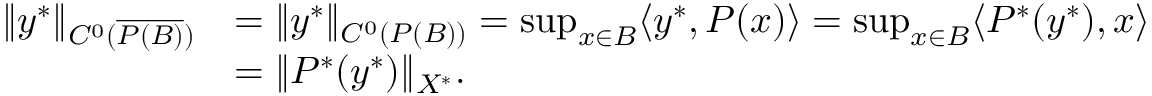
\begin{array} { r l } { \| y ^ { * } \| _ { C ^ { 0 } ( \overline { { P ( B ) } } ) } } & { = \| y ^ { * } \| _ { C ^ { 0 } ( P ( B ) ) } = \operatorname* { s u p } _ { x \in B } \langle y ^ { * } , P ( x ) \rangle = \operatorname* { s u p } _ { x \in B } \langle P ^ { * } ( y ^ { * } ) , x \rangle } \\ & { = \| P ^ { * } ( y ^ { * } ) \| _ { X ^ { * } } . } \end{array}